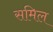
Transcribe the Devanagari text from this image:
समिल